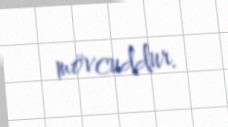
mövcuddur.